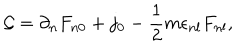
{ \cal G } = \partial _ { n } F _ { n 0 } + j _ { 0 } - \frac { 1 } { 2 } m \epsilon _ { n l } F _ { n l } ,